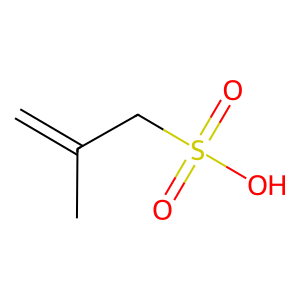
SMILES: C=C(C)CS(=O)(=O)O
Inhibits HIV replication: No